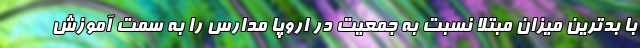
با بدترین میزان مبتلا نسبت به جمعیت در اروپا مدارس را به سمت آموزش